Civil Veterinary Department Bihar reports 1940-50 - 1940-1950
Year: 1940
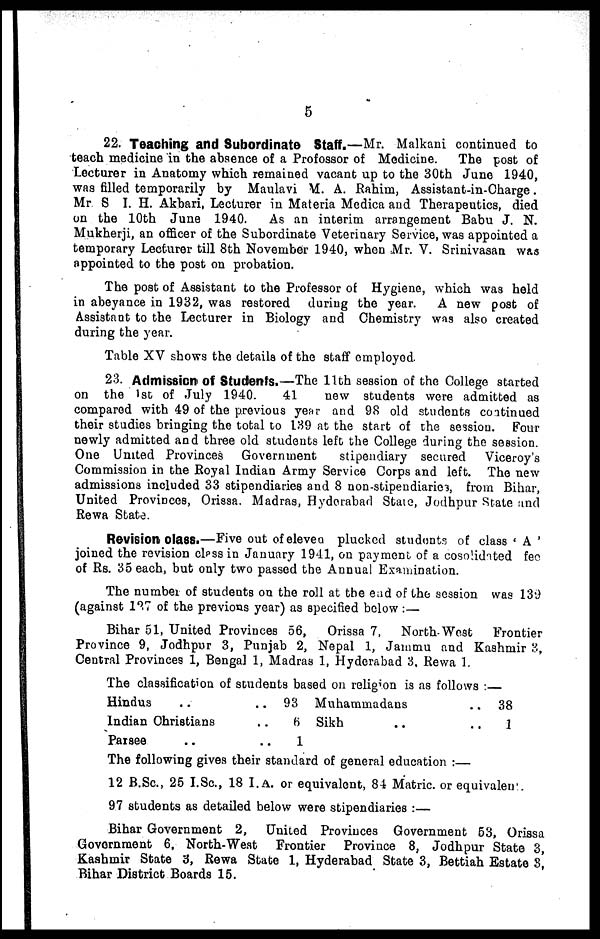
5
22. Teaching and Subordinate Staff.—Mr. Malkani continued to
teach medicine in the absence of a Profossor of Medicine. The post of
Lecturer in Anatomy which remained vacant up to the 30th June 1940,
was filled temporarily by Maulavi M. A. Rahim, Assistant-in-Charge.
Mr S I. H. Akbari, Lecturer in Materia Medica and Therapeutics, died
on the 10th June 1940. As an interim arrangement Babu J. N.
Mukherji, an officer of the Subordinate Veterinary Service, was appointed a
temporary Lecturer till 8th November 1940, when Mr. V. Srinivasan was
appointed to the post on probation.
The post of Assistant to the Professor of Hygiene, which was held
in abeyance in 1932, was restored during the year. A new post of
Assistant to the Lecturer in Biology and Chemistry was also created
during the year.
Table XV shows the details of the staff employed.
23. Admission of Students.—The 11th session of the College started
on the 1st of July 1940.
41
new students were admitted as
compared with 49 of the previous year and 98 old students continued
their studies bringing the total to 139 at the start of the session. Four
newly admitted and three old students left the College during the session.
One United Provinces Government
stipendiary secured Viceroy's
Commission in the Royal Indian Army Service Corps and left. The new
admissions included 33 stipendiaries and 8 non-stipendiaries, from Bihar,
United Provinces, Orissa, Madras, Hyderabad State, Jodhpur State and
Rewa State.
Revision class.—Five out of eleven plucked students of class ' A '
joined the revision class in January 1941, on payment of a cosolidated fee
of Rs. 35 each, but only two passed the Annual Examination.
The number of students on the roll at the end of the session was 139
(against 137 of the previous year) as specified below :—
Bihar 51, United Provinces 56, Orissa 7, North-West
Frontier
Province 9, Jodhpur 3, Punjab 2, Nepal 1, Jammu and Kashmir 3,
Central Provinces 1, Bengal 1, Madras 1, Hyderabad 3, Rewa 1.
The classification of students based on religion is as follows :—
Hindus ..
Indian Christians
Parsee ..
.. 93
.. 6
.. 1
Muhammadans
Sikh ..
.. 38
1
The following gives their standard of general education :—
12 B.Sc., 25 I.Sc., 18 I. A. or equivalent, 84 Matric. or equivalent
97 students as detailed below were stipendiaries :—
Bihar Government 2, United Provinces Government 53, Orissa
Government 6, North-West Frontier Province 8, Jodhpur State 3,
Kashmir State 3, Rewa State 1, Hyderabad State 3, Bettiah Estate 3,
Bihar District Boards 15.